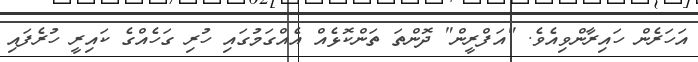
އަހަރެން ހައިރާންވިއެވެ. "އަފްރީން" ދޮންތަ ތަންކޮޅެއް އެއްގަމުގައި ހުރި ގަހެއްގެ ކައިރީ ހުރެފައި